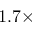
1 . 7 \times